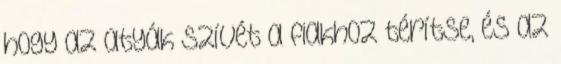
hogy az atyák szívét a fiakhoz térítse, és az